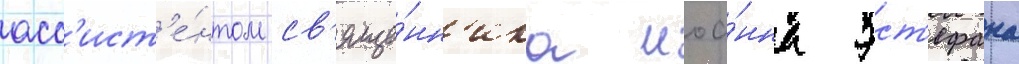
асс'ист'е́нтом св'яще́нн'ика иоа́нна эст'ефана